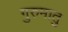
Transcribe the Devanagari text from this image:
गुरुमातु